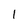
Character: 1